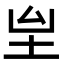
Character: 𡉸